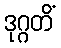
ဒုဂ္ဂတိံ